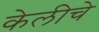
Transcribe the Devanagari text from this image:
केलीचे